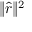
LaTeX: \| { \hat { r } } \| ^ { 2 }